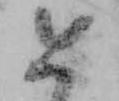
如